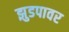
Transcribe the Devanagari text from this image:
झुडपावर